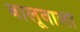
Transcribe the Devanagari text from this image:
बालूवाली